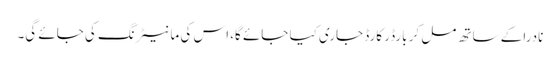
نادرا کے ساتھ مل کر بارڈر کارڈ جاری کیا جائے گا، اس کی مانیٹرنگ کی جائے گی۔